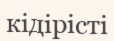
кідірісті